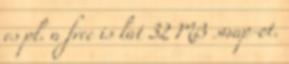
es pl. a free is lat 32 MB swap-ot.